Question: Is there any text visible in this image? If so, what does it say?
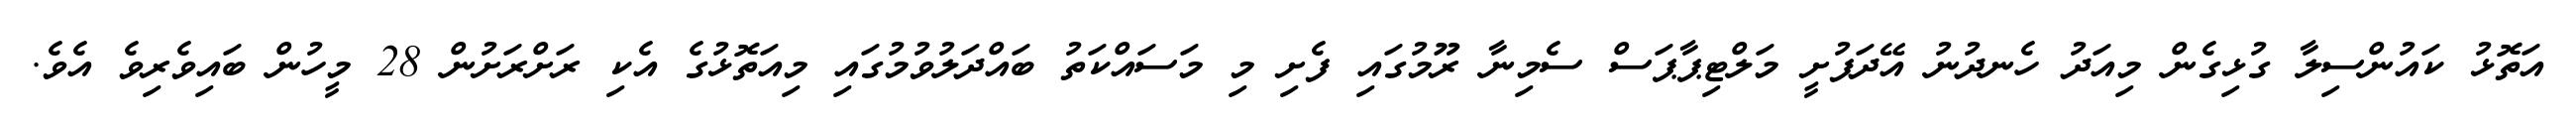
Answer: އަތޮޅު ކައުންސިލާ ގުޅިގެން މިއަދު ހެނދުނު އޭދަފުށީ މަލްޓިޕާޕަސް ސެމިނާ ރޫމުގައި ފެށި މި މަސައްކަތު ބައްދަލުވުމުގައި މިއަތޮޅުގެ އެކި ރަށްރަށުން 28 މީހުން ބައިވެރިވެ އެވެ.